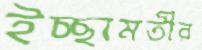
ইচ্ছামতীর